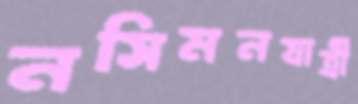
নসিমনযাত্রী